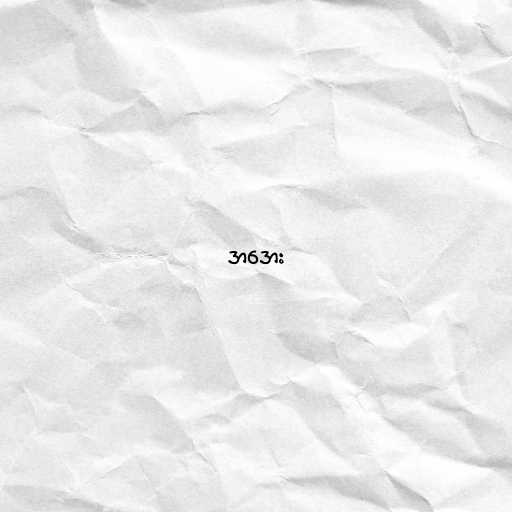
အအေး